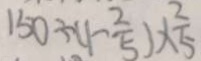
1 5 0 \div ( 1 - \frac { 2 } { 5 } ) \times \frac { 2 } { 5 }